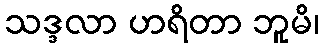
သဒ္ဒလာ ဟရိတာ ဘူမိ၊